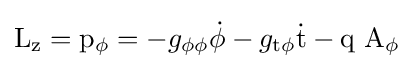
{\rm {L_{z}=p_{\phi }}}=-g_{\rm {\phi \phi }}{\rm {\dot {\phi }}}-g_{\rm {t\phi }}{\rm {\dot {t}}}-{\rm {q\ A_{\phi }}}